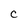
Character: C